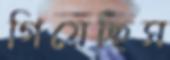
গিয়েছিস